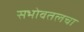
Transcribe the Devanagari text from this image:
सभोवतलचा